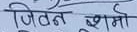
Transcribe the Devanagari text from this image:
जितन शर्मा